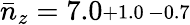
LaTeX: \bar{n}_{z}=7.0\substack{+1.0\, -0.7}